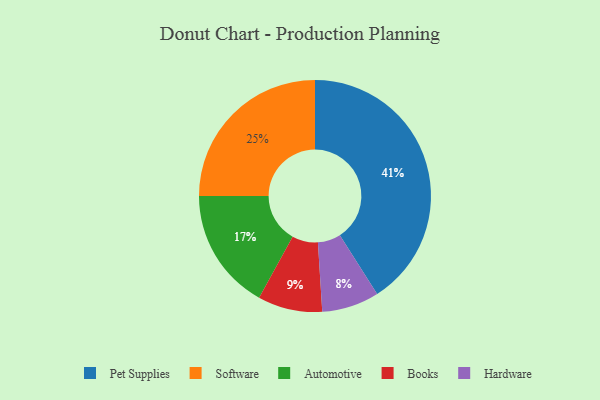
{"axis": {"x": "Category", "y": "Percentage"}, "legend": ["Automotive", "Books", "Hardware", "Pet Supplies", "Software"], "data": [{"x": "Books", "y": 9, "type": "Books"}, {"x": "Software", "y": 25, "type": "Software"}, {"x": "Pet Supplies", "y": 41, "type": "Pet Supplies"}, {"x": "Hardware", "y": 8, "type": "Hardware"}, {"x": "Automotive", "y": 17, "type": "Automotive"}]}